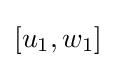
[u_{1},w_{1}]